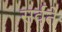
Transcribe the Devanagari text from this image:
सर्वते